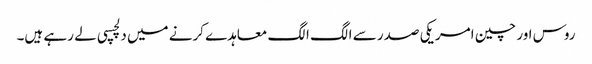
روس اور چین امریکی صدر سے الگ الگ معاہدے کرنے میں دلچسپی لے رہے ہیں۔